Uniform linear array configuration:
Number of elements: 32
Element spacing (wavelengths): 0.25
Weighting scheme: blackman
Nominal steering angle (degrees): -45
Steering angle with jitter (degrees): -44.91
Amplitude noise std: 0.05
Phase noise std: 0.05

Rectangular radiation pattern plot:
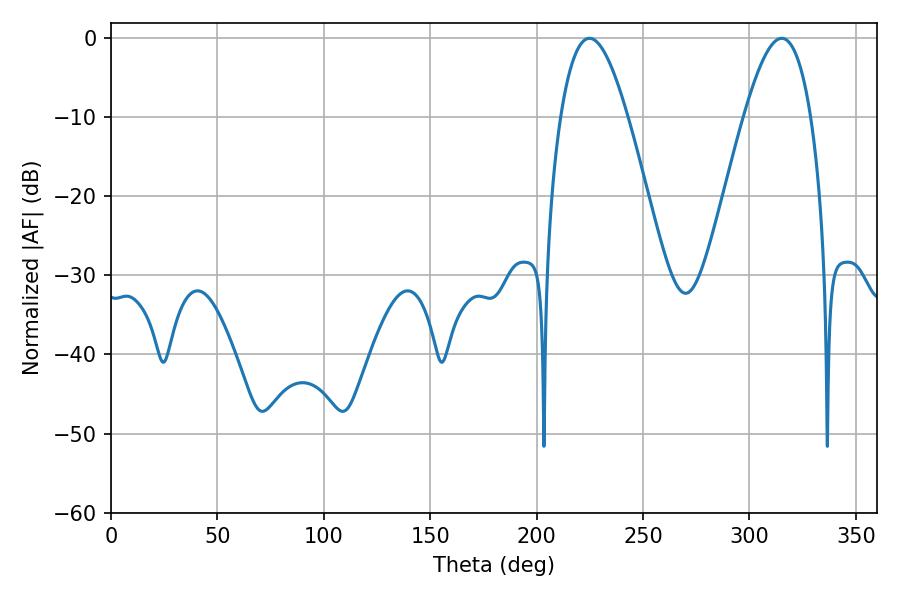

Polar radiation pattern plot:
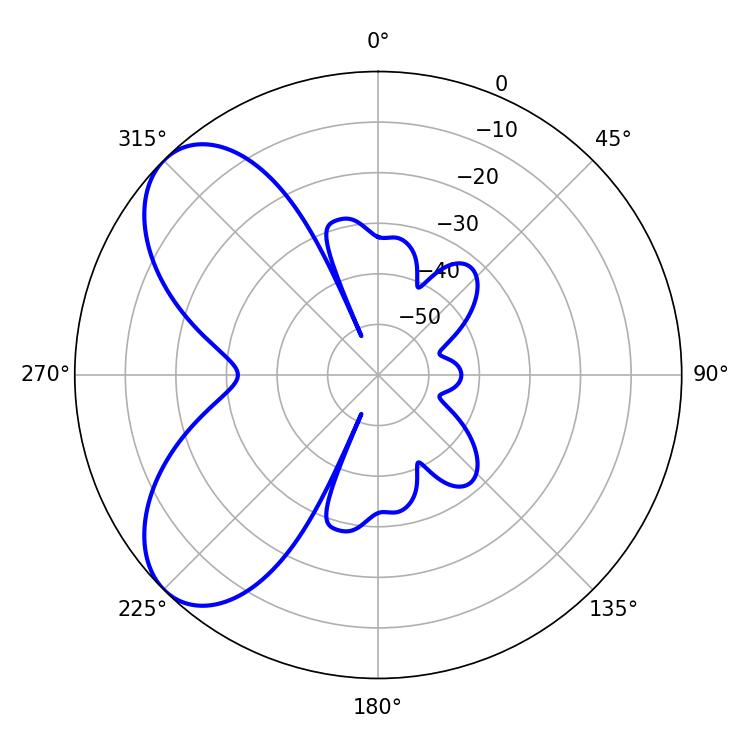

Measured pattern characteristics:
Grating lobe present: FALSE
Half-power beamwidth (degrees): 17.1
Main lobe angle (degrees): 224.82